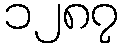
၁၂၈၇